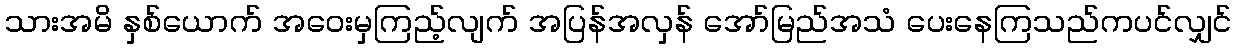
သားအမိ နှစ်ယောက် အဝေးမှကြည့်လျက် အပြန်အလှန် အော်မြည်အသံ ပေးနေကြသည်ကပင်လျှင်